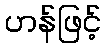
ဟန်ဖြင့်